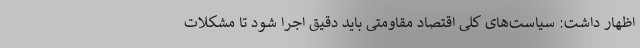
اظهار داشت: سیاست‌های کلی اقتصاد مقاومتی باید دقیق اجرا شود تا مشکلات